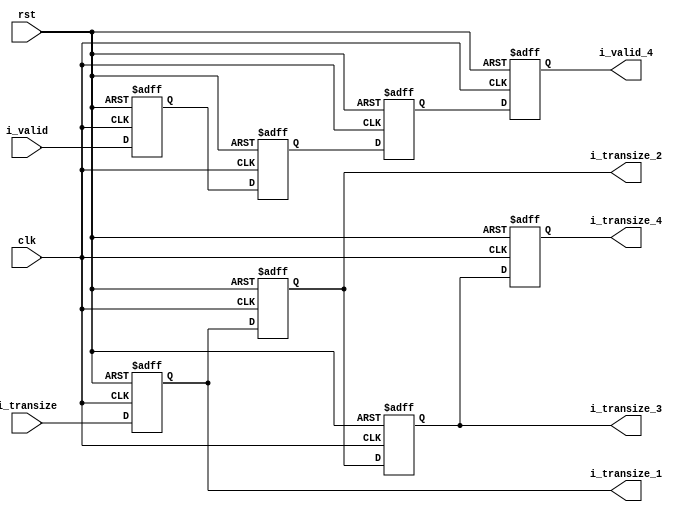
module dct_ctrl(
            clk,
            rst,
        i_valid,
     i_transize,
     
       i_valid_4,
    i_transize_1,
    i_transize_2,
    i_transize_3,
    i_transize_4
);

// ********************************************
//                                             
//    INPUT / OUTPUT DECLARATION               
//                                             
// ********************************************
input                  clk;
input                  rst;
input              i_valid;
input  [1:0]    i_transize;

output reg           i_valid_4;
output reg [1:0]  i_transize_1;
output reg [1:0]  i_transize_2;
output reg [1:0]  i_transize_3;
output reg [1:0]  i_transize_4;

// ********************************************
//                                             
//    REG DECLARATION                                               
//                                                                             
// ********************************************

reg               i_valid_1;
reg               i_valid_2;
reg               i_valid_3;

// ********************************************
//                                             
//    Sequential  Logic                        
//                                             
// ******************************************** 

always@(posedge clk or negedge rst)
   if(!rst)
    i_transize_1<=2'b00;
  else
    i_transize_1<=i_transize;
    
 always@(posedge clk or negedge rst)
   if(!rst)
    i_transize_2<=2'b00;
  else
    i_transize_2<=i_transize_1;
       
  always@(posedge clk or negedge rst)
   if(!rst)
    i_transize_3<=2'b00;
  else
    i_transize_3<=i_transize_2;
  
  
  always@(posedge clk or negedge rst)
   if(!rst)
    i_transize_4<=2'b00;
  else
    i_transize_4<=i_transize_3;
   
   always@(posedge clk or negedge rst)
   if(!rst)
    i_valid_1<=1'b0;
  else 
    i_valid_1<=i_valid;
    
always@(posedge clk or negedge rst)
   if(!rst)
    i_valid_2<=1'b0;
  else 
    i_valid_2<=i_valid_1;

always@(posedge clk or negedge rst)
   if(!rst)
    i_valid_3<=1'b0;
  else 
    i_valid_3<=i_valid_2; 
	
always@(posedge clk or negedge rst)
   if(!rst)
    i_valid_4<=1'b0;
  else 
    i_valid_4<=i_valid_3; 
	
endmodule